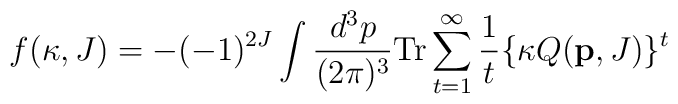
f(\kappa, J)= -(-1)^{2J} \int \frac{d^3 p}{(2 \pi)^3}{\rm Tr} \sum _{t=1} ^{\infty}\frac{1}{t} \{ \kappa Q({\bf p}, J) \} ^t